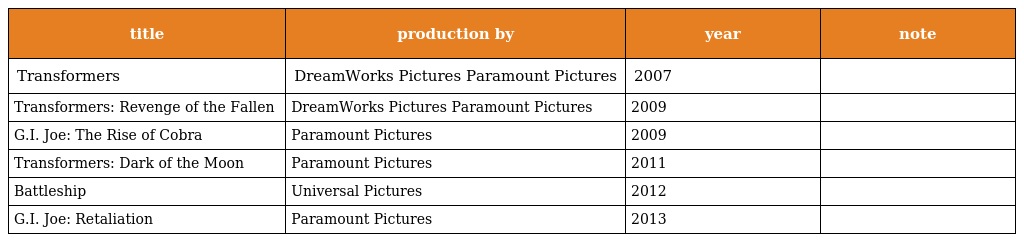
| title | production by | year | note |
 | --- | --- | --- | --- |
 | Transformers | DreamWorks Pictures Paramount Pictures | 2007 |  |
 | Transformers: Revenge of the Fallen | DreamWorks Pictures Paramount Pictures | 2009 |  |
 | G.I. Joe: The Rise of Cobra | Paramount Pictures | 2009 |  |
 | Transformers: Dark of the Moon | Paramount Pictures | 2011 |  |
 | Battleship | Universal Pictures | 2012 |  |
 | G.I. Joe: Retaliation | Paramount Pictures | 2013 |  |